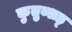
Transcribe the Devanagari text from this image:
कुतुब्शह्